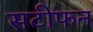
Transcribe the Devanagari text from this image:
सटीफन